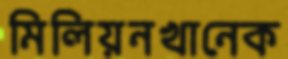
মিলিয়নখানেক